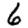
Digit: 6